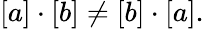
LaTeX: [a]\cdot[b]\neq[b]\cdot[a].